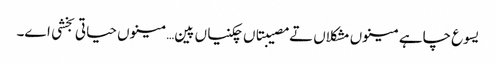
یسوع چاہے مینوں مشکلاں تے مصیبتاں چکنیاں پین… مینوں حیاتی بخشی اے۔